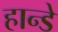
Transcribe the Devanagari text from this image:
हान्डे